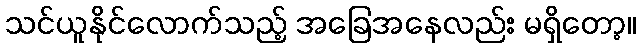
သင်ယူနိုင်လောက်သည့် အခြေအနေလည်း မရှိတော့။